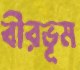
বীরভূম